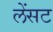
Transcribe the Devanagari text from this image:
लेंसट